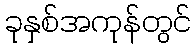
ခုနှစ်အကုန်တွင်